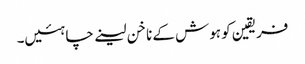
فریقین کو ہوش کے ناخن لینے چاہئیں۔